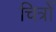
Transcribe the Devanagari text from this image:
चित्रोँ